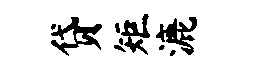
贷矩漉